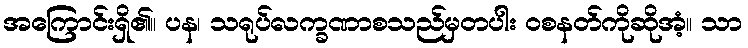
အကြောင်းရှိ၏။ ပန၊ သရုပ်လက္ခဏာစသည်မှတပါး ဝစနတ်ကိုဆိုအံ့။ သာ